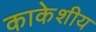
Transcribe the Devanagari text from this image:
काकेशीय